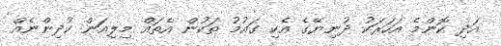
އަދި ކޮންމެ އަހަރަކު ދުނިޔޭގެ އެކި ގައުމު ތަކުން އެތައް މިލިއަން ކުދިންނެއް